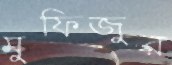
মুফিজুর